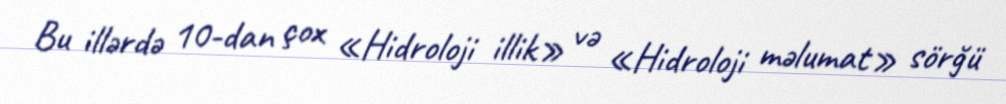
Bu illərdə 10-dan çox «Hidroloji illik» və «Hidroloji məlumat» sörğü